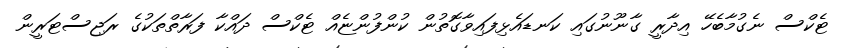
ޓެކްސް ނެގުމާބެހޭ އިދާރީ ގާނޫނުގައި ކަނޑައެޅިފައިވާގޮތުން ކުންފުންޏެއް ޓެކްސް ދައްކާ ފަރާތްތަކުގެ ރަޖިސްޓަރީން